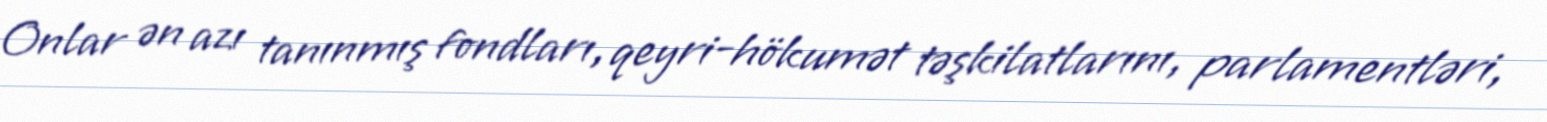
Onlar ən azı tanınmış fondları, qeyri-hökumət təşkilatlarını, parlamentləri,